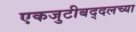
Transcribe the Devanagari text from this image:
एकजुटीबद्दलच्या